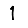
Digit: 1